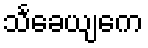
သင်္ခေယျကေ